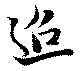
迢